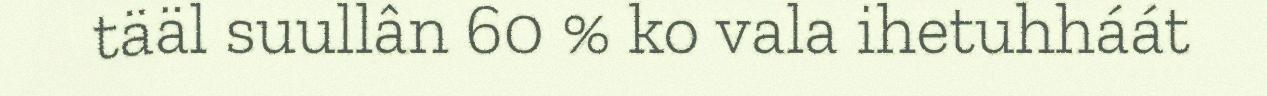
tääl suullân 60 % ko vala ihetuhháát